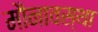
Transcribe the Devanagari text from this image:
मौनावस्था